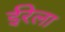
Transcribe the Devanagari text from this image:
ईरेला